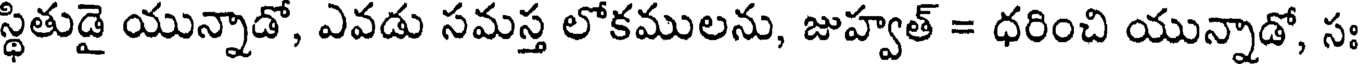
స్థితుడై యున్నాడో, ఎవడు సమస్త లోకములను, జుహ్వత్ = ధరించి యున్నాడో, స